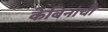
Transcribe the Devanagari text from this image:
केबिनांची